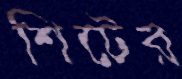
শিটের